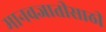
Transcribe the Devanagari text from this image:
मानवजातीसाठी